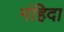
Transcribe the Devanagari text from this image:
मंहिदा